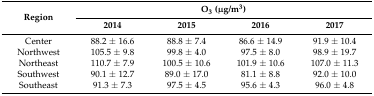
<table><thead><tr><td rowspan="2"><b>Region</b></td><td colspan="4"><b>O<sub>3</sub> (μg/m<sup>3</sup>)</b></td></tr><tr><td><b>2014</b></td><td><b>2015</b></td><td><b>2016</b></td><td><b>2017</b></td></tr></thead><tbody><tr><td>Center</td><td>88.2 ± 16.6</td><td>88.8 ± 7.4</td><td>86.6 ± 14.9</td><td>91.9 ± 10.4 </td></tr><tr><td>Northwest</td><td>105.5 ± 9.8</td><td>99.8 ± 4.0</td><td>97.5 ± 8.0</td><td>98.9 ± 19.7</td></tr><tr><td>Northeast</td><td>110.7 ± 7.9</td><td>100.5 ± 10.6</td><td>101.9 ± 10.6</td><td>107.0 ± 11.3 </td></tr><tr><td>Southwest</td><td>90.1 ± 12.7</td><td>89.0 ± 17.0</td><td>81.1 ± 8.8</td><td>92.0 ± 10.0</td></tr><tr><td>Southeast</td><td>91.3 ± 7.3</td><td>97.5 ± 4.5</td><td>95.6 ± 4.3</td><td>96.0 ± 4.8</td></tr></tbody></table>